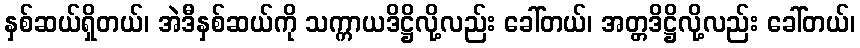
နှစ်ဆယ်ရှိတယ်၊ အဲဒီနှစ်ဆယ်ကို သက္ကာယဒိဋ္ဌိလို့လည်း ခေါ်တယ်၊ အတ္တဒိဋ္ဌိလို့လည်း ခေါ်တယ်၊